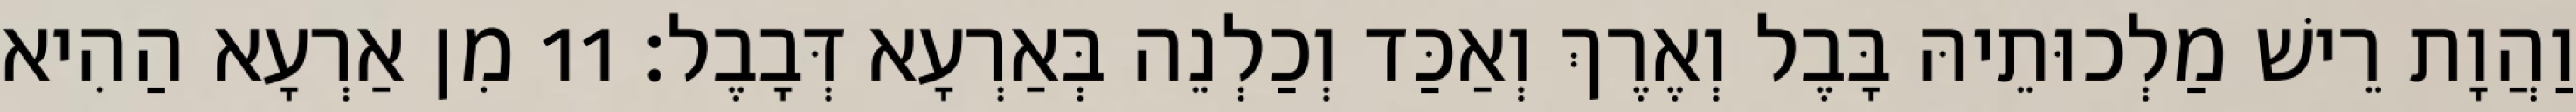
וַהֲוָת רֵישׁ מַלְכוּתֵיהּ בָּבֶל וְאֶרֶךְ וְאַכַּד וְכַלְנֵה בְּאַרְעָא דְּבָבֶל׃ 11 מִן אַרְעָא הַהִיא